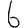
Digit: 6